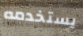
يستخدمه